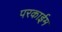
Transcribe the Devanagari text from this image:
परकाईम